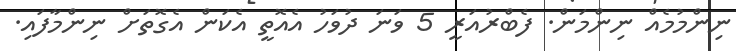
ނިންމުމެއް ނިންމަން. ފެބްރުއަރީ 5 ވަނަ ދުވަހު އެއޮތީ އެކަން އެގޮތަށް ނިންމާފައި.